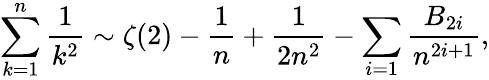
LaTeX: \sum_{k=1}^{n}{\frac{1}{k^{2}}}\sim\zeta(2)-{\frac{1}{n}}+{\frac{1}{2n^{2}}}-\sum_{i=1}{\frac{B_{2i}}{n^{2i+1}}},